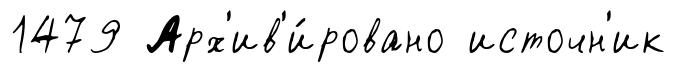
1479 Арх'ив'и́ровано источн'ик